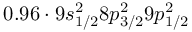
0 . 9 6 \cdot 9 s _ { 1 / 2 } ^ { 2 } 8 p _ { 3 / 2 } ^ { 2 } 9 p _ { 1 / 2 } ^ { 2 }